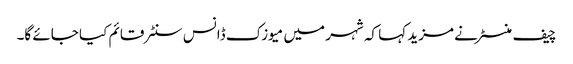
چیف منسٹر نے مزید کہا کہ شہر میں میوزک ڈانس سنٹر قائم کیا جائے گا۔